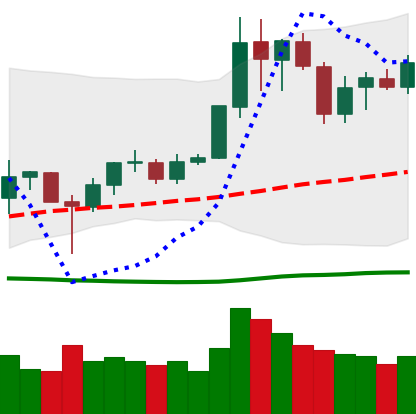
Ticker: LINK-USD
Chart end date: 2020-07-01
Forward return: 14.192%
Label: up_7plus